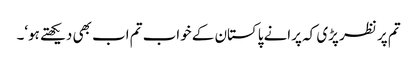
تم پر نظر پڑی کہ پرانے پاکستان کے خواب تم اب بھی دیکھتے ہو‘۔